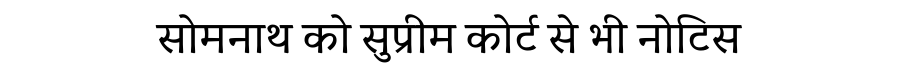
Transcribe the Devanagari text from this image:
सोमनाथ को सुप्रीम कोर्ट से भी नोटिस